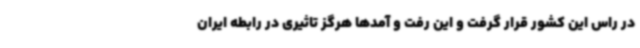
در راس این کشور قرار گرفت و این رفت و آمدها هرگز تاثیری در رابطه ایران